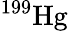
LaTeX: ^{199}\mathrm{Hg}